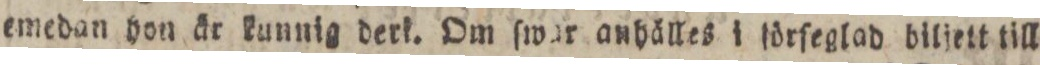
emedan hon är kunnig derl. Om ſwar anhälles i förſeglad biljett till